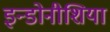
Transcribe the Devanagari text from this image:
इन्डोनीशिया